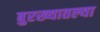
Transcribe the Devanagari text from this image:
बुरख्यातल्या